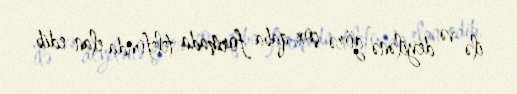
ilə və deyilənə görə çox qaba formada telefonda elan edib.